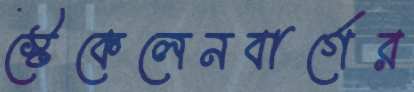
স্টেকেলেনবার্গের